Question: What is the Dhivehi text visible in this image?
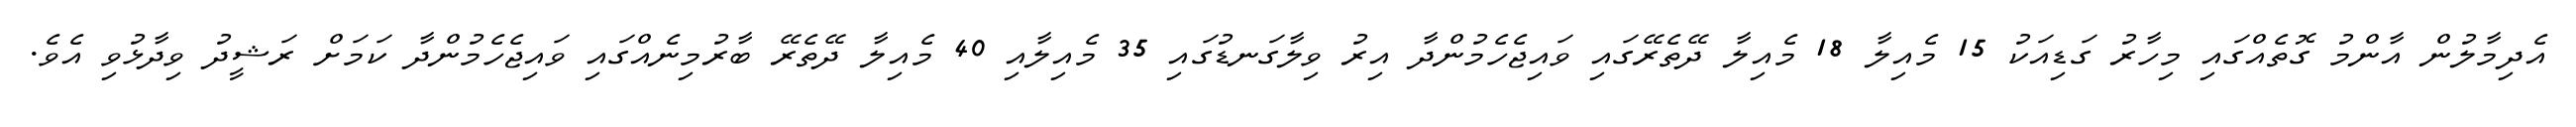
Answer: އެދިމާލުން އާންމު ގޮތެއްގައި މިހާރު ގަޑިއަކު 15 މެއިލާ 18 މެއިލާ ދޭތެރޭގައި ވައިޖެހެމުންދާ އިރު ވިލާގަނޑުގައި 35 މެއިލާއި 40 މެއިލާ ދޭތެރޭ ބާރުމިނެއްގައި ވައިޖެހެމުންދާ ކަމަށް ރަޝީދު ވިދާޅުވި އެވެ.